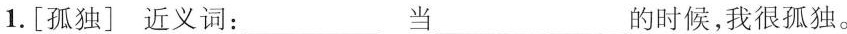
1.[孤独]近义词：___当___的时候，我很孤独。